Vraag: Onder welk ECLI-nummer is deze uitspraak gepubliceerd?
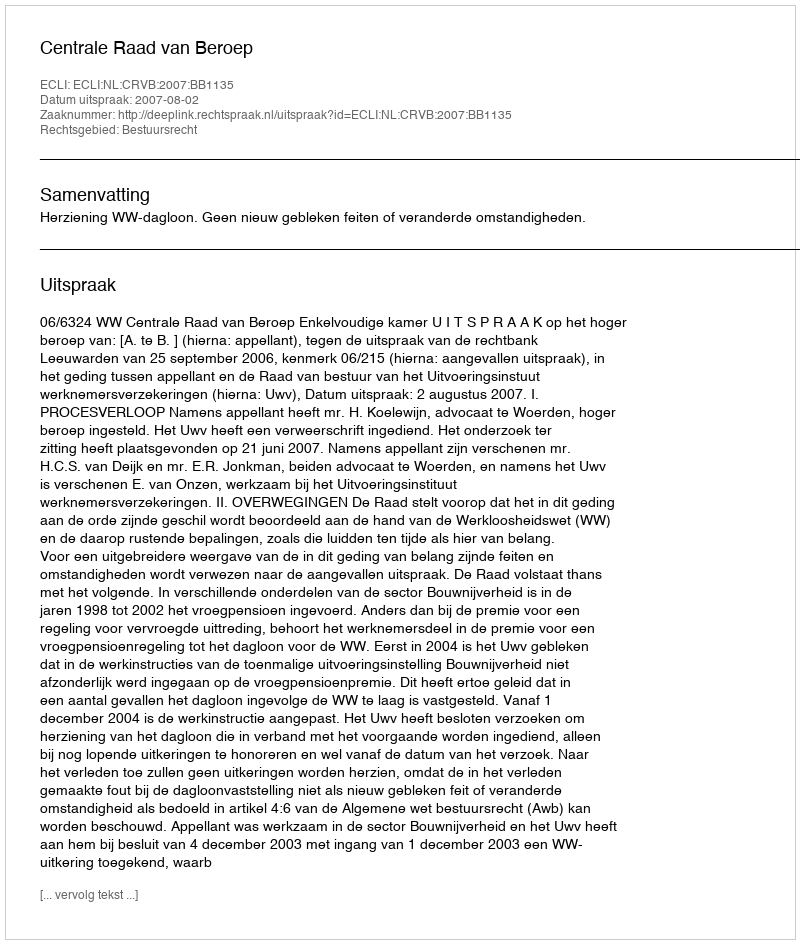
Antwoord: ECLI:NL:CRVB:2007:BB1135